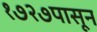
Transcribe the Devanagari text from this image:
१७२७पासून